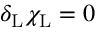
\delta _ { \mathrm { { L } } } \chi _ { \mathrm { { L } } } = 0